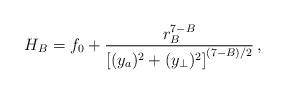
LaTeX: \begin{align*}H_B = f_0 + {{r_B^{7-B}}\over{\left[({{{y}}_a})^2+({{{y}}_\perp})^2\right]^{(7-B)/2} }}\, ,\end{align*}